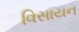
વિસાયન